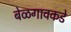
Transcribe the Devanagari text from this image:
बेळगावकडे